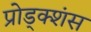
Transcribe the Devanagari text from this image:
प्रोड्क्शंस